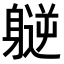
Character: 𫏮